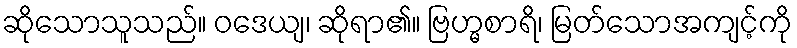
ဆိုသောသူသည်။ ဝဒေယျ၊ ဆိုရာ၏။ ဗြဟ္မစာရိ၊ မြတ်သောအကျင့်ကို